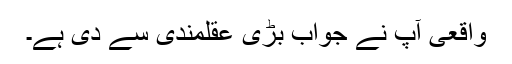
واقعى آپ نے جواب بڑى عقلمندى سے دى ہے۔